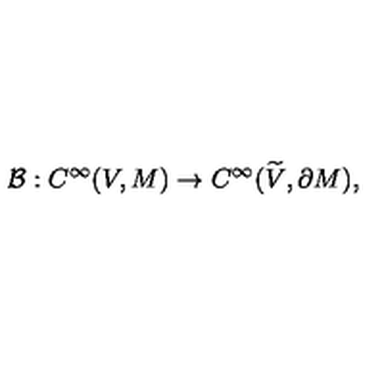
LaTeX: { \cal B } : C ^ { \infty } ( V , M ) \rightarrow C ^ { \infty } ( { \widetilde V } , { \partial M } ) ,